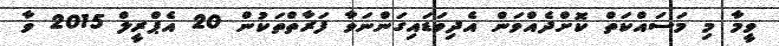
ވީމާ މި މަސައްކަތް ކޮށްދެއްވަން އެދިވަޑައިގަންނަވާ ފަރާތްތަކުން 20 އެޕްރީލް 2015 ވާ